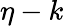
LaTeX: \eta-k